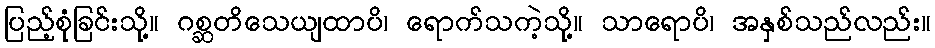
ပြည့်စုံခြင်းသို့။ ဂစ္ဆတိသေယျထာပိ၊ ရောက်သကဲ့သို့။ သာရောပိ၊ အနှစ်သည်လည်း။